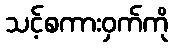
သင့်စကားဝှက်ကို